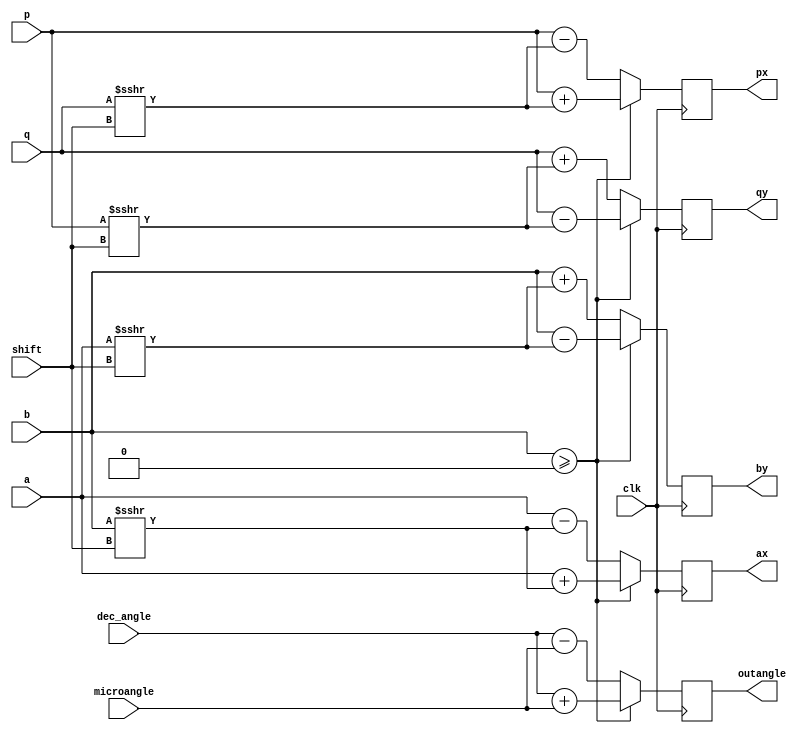
`timescale 1ns / 1ps
//////////////////////////////////////////////////////////////////////////////////
// Company: 
// Engineer: 
// 
// Design Name: 
// Module Name: iteration
// Project Name: 
// Target Devices: 
// Tool Versions: 
// Description: 
// 
// Dependencies: 
// 
// Revision:
// Revision 0.01 - File Created
// Additional Comments:
// 
//////////////////////////////////////////////////////////////////////////////////


`timescale 1ns / 1ps

module iteration #(parameter N = 31) (
input signed [N:0] a,p,
input signed [N:0] b,q,

input  [3:0]shift,
//input [15:0] inangle,
input [15:0] microangle,
input [15:0] dec_angle ,
input clk,
output  reg signed [N:0] ax,px,
output  reg signed [N:0] by,qy,
output reg [15:0] outangle
) ;
// reg  signed [N:0] ox_shift;
// reg  signed [N:0] oy_shift;

always @ (posedge clk)

 begin

  if ( b  >= 0  )
   begin
    ax <= a + (b >>> shift);
    by <= b - (a >>> shift);
    outangle <= dec_angle + microangle;
    
    px <= p + (q >>> shift);
    qy <= q - (p >>> shift);
    
   
  end 
  else begin
    ax <= a - (b >>> shift);
    by <= b + (a >>> shift);
    outangle <= dec_angle - microangle;
    px <= p - (q >>> shift);
    qy <= q + (p >>> shift);
    
   
  end

end

//assign ox= (ox_shift >>>(0*(shift)));
//assign oy= (oy_shift >>>(0*(shift)));


endmodule